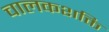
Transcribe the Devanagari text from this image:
चालकशक्ति